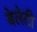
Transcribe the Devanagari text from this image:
बेलेटी